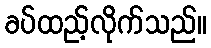
ခပ်ထည့်လိုက်သည်။